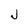
Character: J